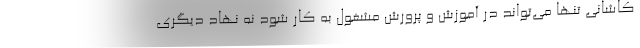
کاشانی تنها می‌تواند در آموزش و پرورش مشغول به کار شود نه نهاد دیگری